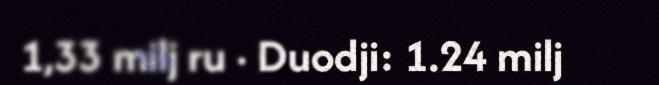
1,33 milj ru · Duodji: 1.24 milj